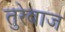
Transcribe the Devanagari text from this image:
तुरेबाज